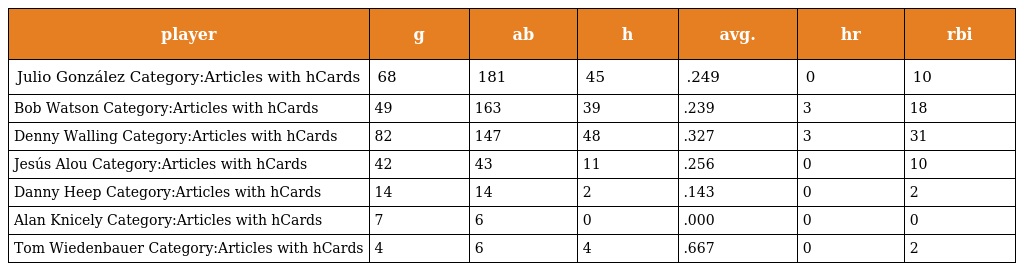
| player | g | ab | h | avg. | hr | rbi |
 | --- | --- | --- | --- | --- | --- | --- |
 | Julio González Category:Articles with hCards | 68 | 181 | 45 | .249 | 0 | 10 |
 | Bob Watson Category:Articles with hCards | 49 | 163 | 39 | .239 | 3 | 18 |
 | Denny Walling Category:Articles with hCards | 82 | 147 | 48 | .327 | 3 | 31 |
 | Jesús Alou Category:Articles with hCards | 42 | 43 | 11 | .256 | 0 | 10 |
 | Danny Heep Category:Articles with hCards | 14 | 14 | 2 | .143 | 0 | 2 |
 | Alan Knicely Category:Articles with hCards | 7 | 6 | 0 | .000 | 0 | 0 |
 | Tom Wiedenbauer Category:Articles with hCards | 4 | 6 | 4 | .667 | 0 | 2 |